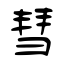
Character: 彗